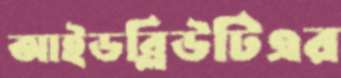
আইডব্লিউটিএর